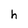
Character: h